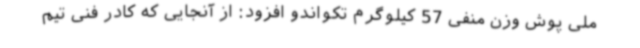
ملی پوش وزن منفی 57 کیلوگرم تکواندو افزود: از آنجایی که کادر فنی تیم